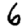
Digit: 6